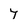
Character: 7